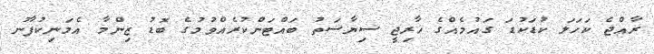
ރާއްޖެ ކަހަލަ ކުޑަކުޑަ ގައުމެއްގެ ޚާރިޖީ ސިޔާސަތު ބައްޓަންކުރެއްވުމުގެ ބޮޑު ޒިންމާ އެމަނިކުފާނު